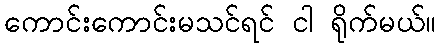
ကောင်းကောင်းမသင်ရင် ငါ ရိုက်မယ်။